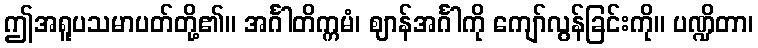
ဤအရူပသမာပတ်တို့၏။ အင်္ဂါတိက္ကမံ၊ ဈာန်အင်္ဂါကို ကျော်လွန်ခြင်းကို။ ပဏ္ဍိတာ၊